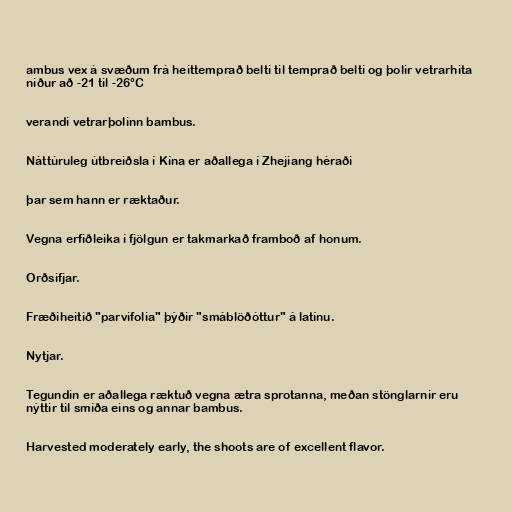
ambus vex á svæðum frá heittemprað belti til temprað belti og þolir vetrarhita
niður að -21 til -26°C

verandi vetrarþolinn bambus.

Náttúruleg útbreiðsla í Kína er aðallega í Zhejiang héraði

þar sem hann er ræktaður.

Vegna erfiðleika í fjölgun er takmarkað framboð af honum.

Orðsifjar.

Fræðiheitið "parvifolia" þýðir "smáblöðóttur" á latínu.

Nytjar.

Tegundin er aðallega ræktuð vegna ætra sprotanna, meðan stönglarnir eru
nýttir til smíða eins og annar bambus.

Harvested moderately early, the shoots are of excellent flavor.